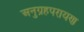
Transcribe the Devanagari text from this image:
अनुग्रहपरायण